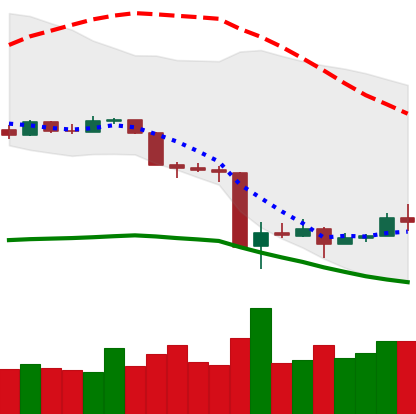
Ticker: XMR-USD
Chart end date: 2020-03-20
Forward return: 17.275%
Label: up_7plus